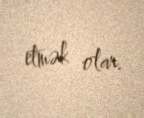
etmək olar.